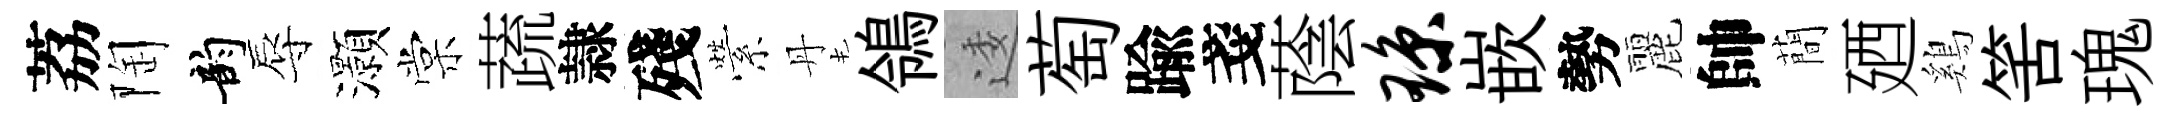
荔陶韵辱灝棠蔬隷殘縈丹鴒逶萄踰戔蔭琼嵌勢麗帥蕳廼鷄筈瑰